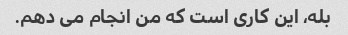
بله، این کاری است که من انجام می دهم.